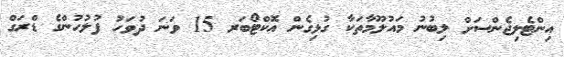
އިންޓެލިޖެންސަށް ލިބުނު މައުލޫމާތަކާ ގުޅިގެން އޮކްޓޯބަރ 15 ވަނަ ދުވަހު ފުލުހުންގެ ޑްރަގް